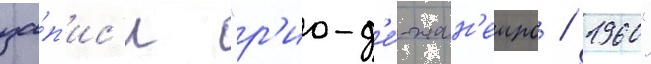
за́п'ис'и "р'ио-д'е́-жан'еиро / 1960"